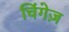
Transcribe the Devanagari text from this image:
चिंगेज़